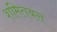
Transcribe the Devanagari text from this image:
शमितबल